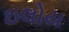
ઇલોય